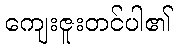
ကျေးဇူးတင်ပါ၏